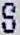
S